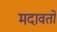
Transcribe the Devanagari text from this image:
मदावतो